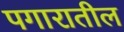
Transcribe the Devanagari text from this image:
पगारातील